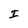
Character: I